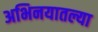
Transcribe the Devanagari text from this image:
अभिनयातल्या